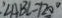
\angle A B C = 7 2 0 ^ { \circ }